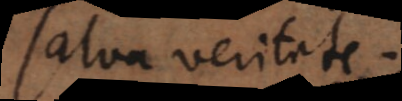
salva veritate,